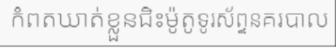
កំពតឃាត់ខ្លួនជិះម៉ូតូទូរស័ព្ទនគរបាល